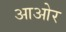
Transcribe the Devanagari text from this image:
आओर